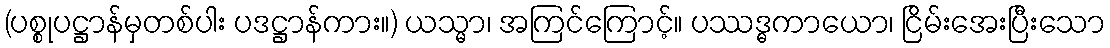
(ပစ္စုပဋ္ဌာန်မှတစ်ပါး ပဒဋ္ဌာန်ကား။) ယသ္မာ၊ အကြင်ကြောင့်။ ပဿဒ္ဓကာယော၊ ငြိမ်းအေးပြီးသော